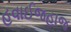
હવાઈજહાજ